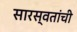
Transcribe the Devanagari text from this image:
सारस्वतांची